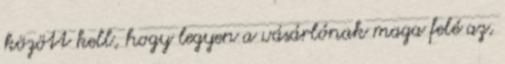
között kell, hogy legyen a vásárlónak maga felé az,